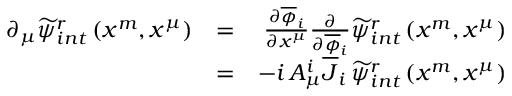
\begin{array} { r l r } { \partial _ { \mu } \widetilde { \psi } _ { i n t } ^ { r } \left( x ^ { m } , x ^ { \mu } \right) } & { = } & { \frac { \partial \overline { { \phi } } _ { i } } { \partial x ^ { \mu } } \frac { \partial } { \partial \overline { { \phi } } _ { i } } \widetilde { \psi } _ { i n t } ^ { r } \left( x ^ { m } , x ^ { \mu } \right) } \\ & { = } & { - i \, A _ { \mu } ^ { i } \overline { { J } } _ { i } \, \widetilde { \psi } _ { i n t } ^ { r } \left( x ^ { m } , x ^ { \mu } \right) } \end{array}